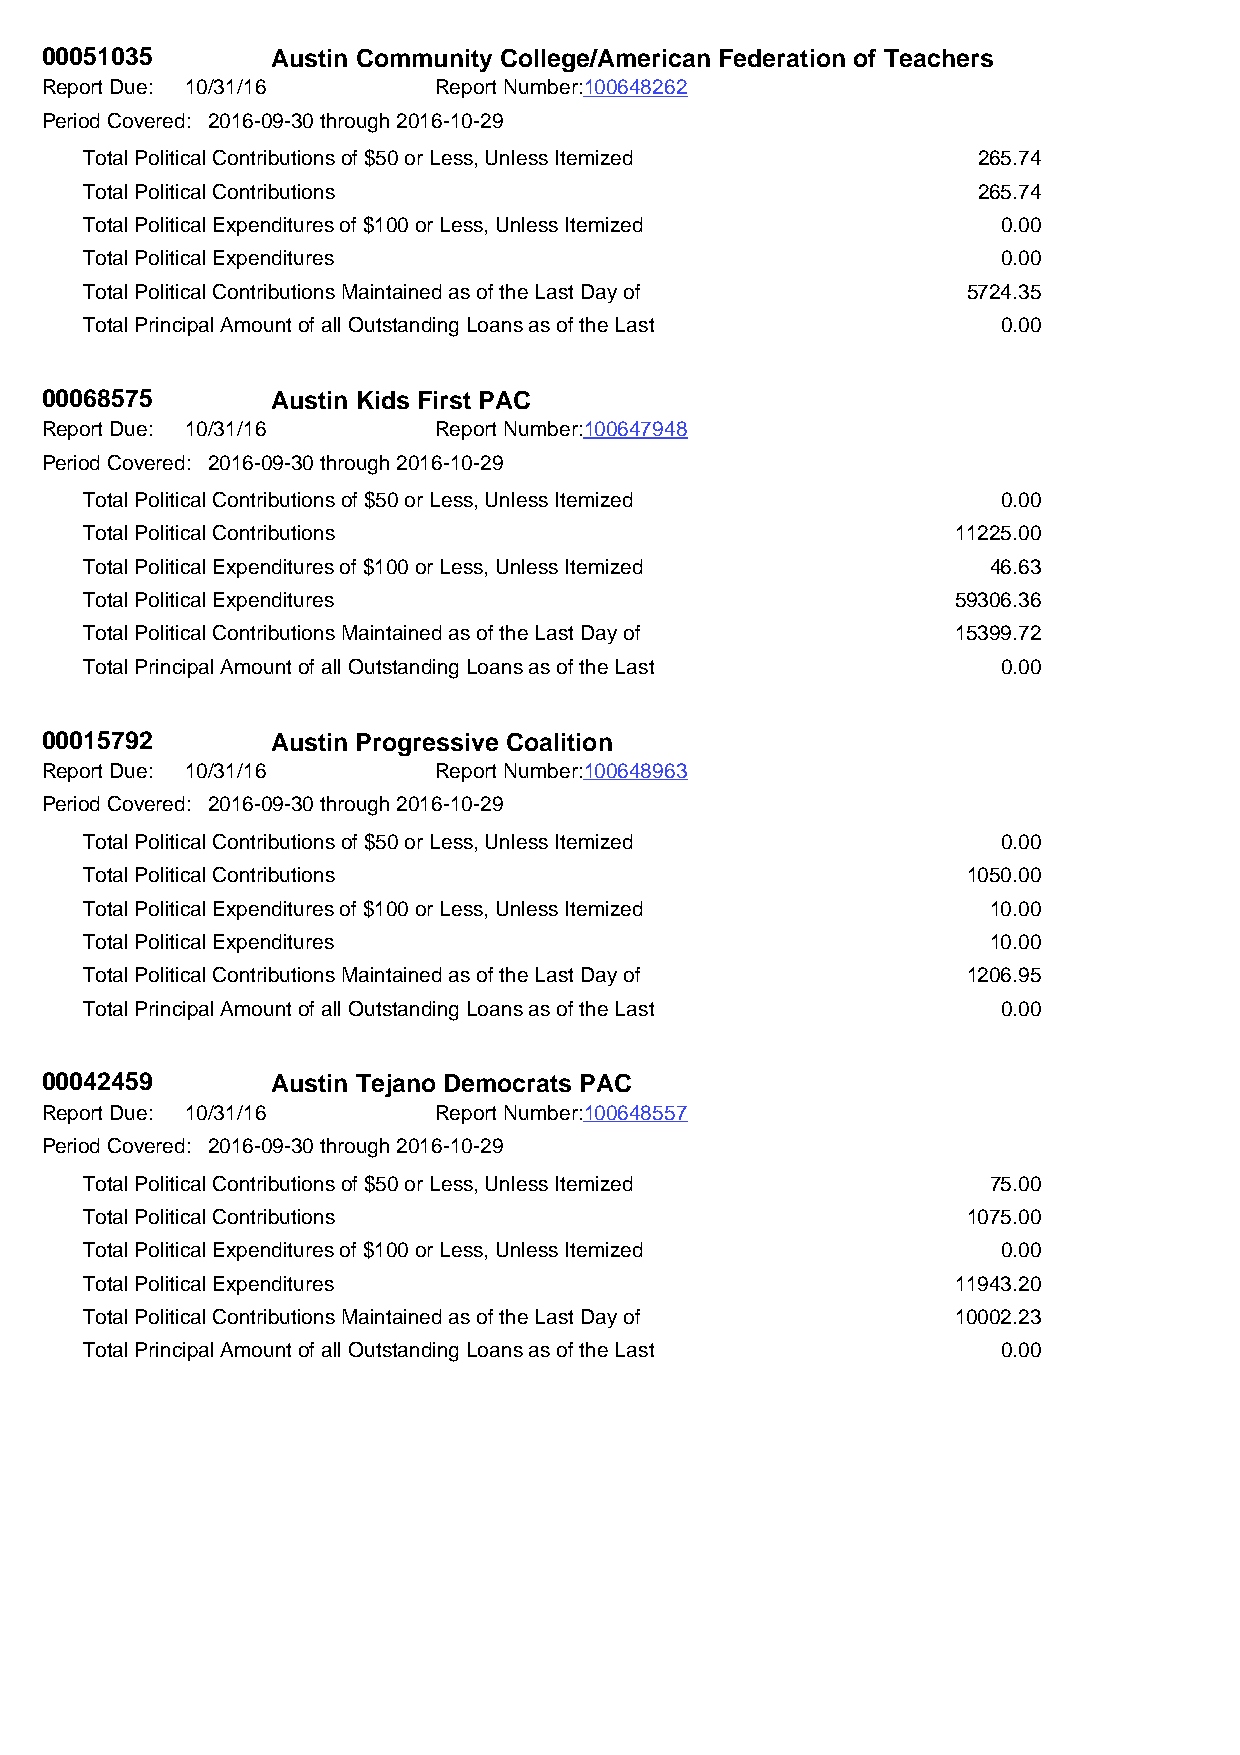
00051035       Austin Community College/American Federation of Teachers
 Report Due: 10/31/16      Report Number:100648262
 Period Covered: 2016-09-30 through 2016-10-29
 Total Political Contributions of $50 or Less, Unless Itemized 265.74
 Total Political Contributions                              265.74
 Total Political Expenditures of $100 or Less, Unless Itemized 0.00
 Total Political Expenditures                                0.00
 Total Political Contributions Maintained as of the Last Day of 5724.35
 Total Principal Amount of all Outstanding Loans as of the Last 0.00
 00068575       Austin Kids First PAC
 Report Due: 10/31/16      Report Number:100647948
 Period Covered: 2016-09-30 through 2016-10-29
 Total Political Contributions of $50 or Less, Unless Itemized 0.00
 Total Political Contributions                            11225.00
 Total Political Expenditures of $100 or Less, Unless Itemized 46.63
 Total Political Expenditures                             59306.36
 Total Political Contributions Maintained as of the Last Day of 15399.72
 Total Principal Amount of all Outstanding Loans as of the Last 0.00
 00015792       Austin Progressive Coalition
 Report Due: 10/31/16      Report Number:100648963
 Period Covered: 2016-09-30 through 2016-10-29
 Total Political Contributions of $50 or Less, Unless Itemized 0.00
 Total Political Contributions                             1050.00
 Total Political Expenditures of $100 or Less, Unless Itemized 10.00
 Total Political Expenditures                                10.00
 Total Political Contributions Maintained as of the Last Day of 1206.95
 Total Principal Amount of all Outstanding Loans as of the Last 0.00
 00042459       Austin Tejano Democrats PAC
 Report Due: 10/31/16      Report Number:100648557
 Period Covered: 2016-09-30 through 2016-10-29
 Total Political Contributions of $50 or Less, Unless Itemized 75.00
 Total Political Contributions                             1075.00
 Total Political Expenditures of $100 or Less, Unless Itemized 0.00
 Total Political Expenditures                             11943.20
 Total Political Contributions Maintained as of the Last Day of 10002.23
 Total Principal Amount of all Outstanding Loans as of the Last 0.00